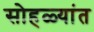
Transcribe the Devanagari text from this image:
सोहळ्यांत